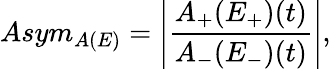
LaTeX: Asym_{A(E)}=\left|\frac{A_{+}(E_{+})(t)}{A_{-}(E_{-})(t)}\right|,